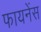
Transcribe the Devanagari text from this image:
फायनेंस